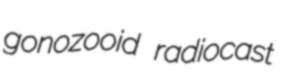
gonozooid radiocast